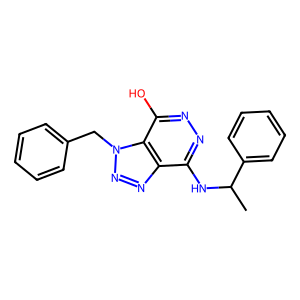
SMILES: CC(Nc1nnc(O)c2c1nnn2Cc1ccccc1)c1ccccc1
Inhibits HIV replication: Yes